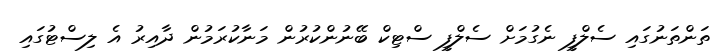
ތަންތަނުގައި ސެލްފީ ނެގުމަށް ސެލްފީ ސްޓިކް ބޭނުންކުރުން މަނާކުރަމުން ދާއިރު އެ ލިސްޓުގައި